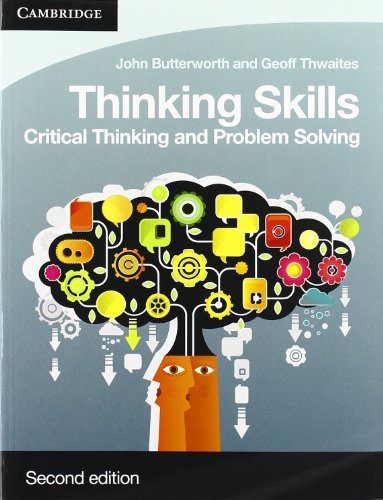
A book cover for Thinking Skills: Critical Thinking and Problem Solving (Cambridge International Examinations); John Butterworth; Teen & Young Adult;